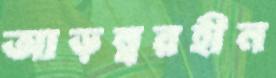
আড়ম্বরহীন